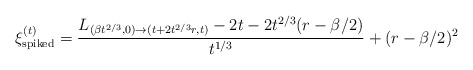
\begin{align*} \xi_{\rm spiked}^{({t})}=\frac{L_{(\beta{t}^{2/3},0)\to({t}+2{t}^{2/3}r,{t})}-2{t}-2{t}^{2/3}(r-\beta/2)}{{t}^{1/3}}+(r-\beta/2)^2 \end{align*}